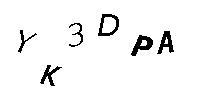
YK3DPA